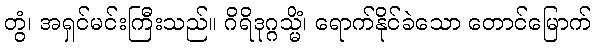
တွံ၊ အရှင်မင်းကြီးသည်။ ဂိရိဒုဂ္ဂသ္မိံ၊ ရောက်နိုင်ခဲသော တောင်မြောက်